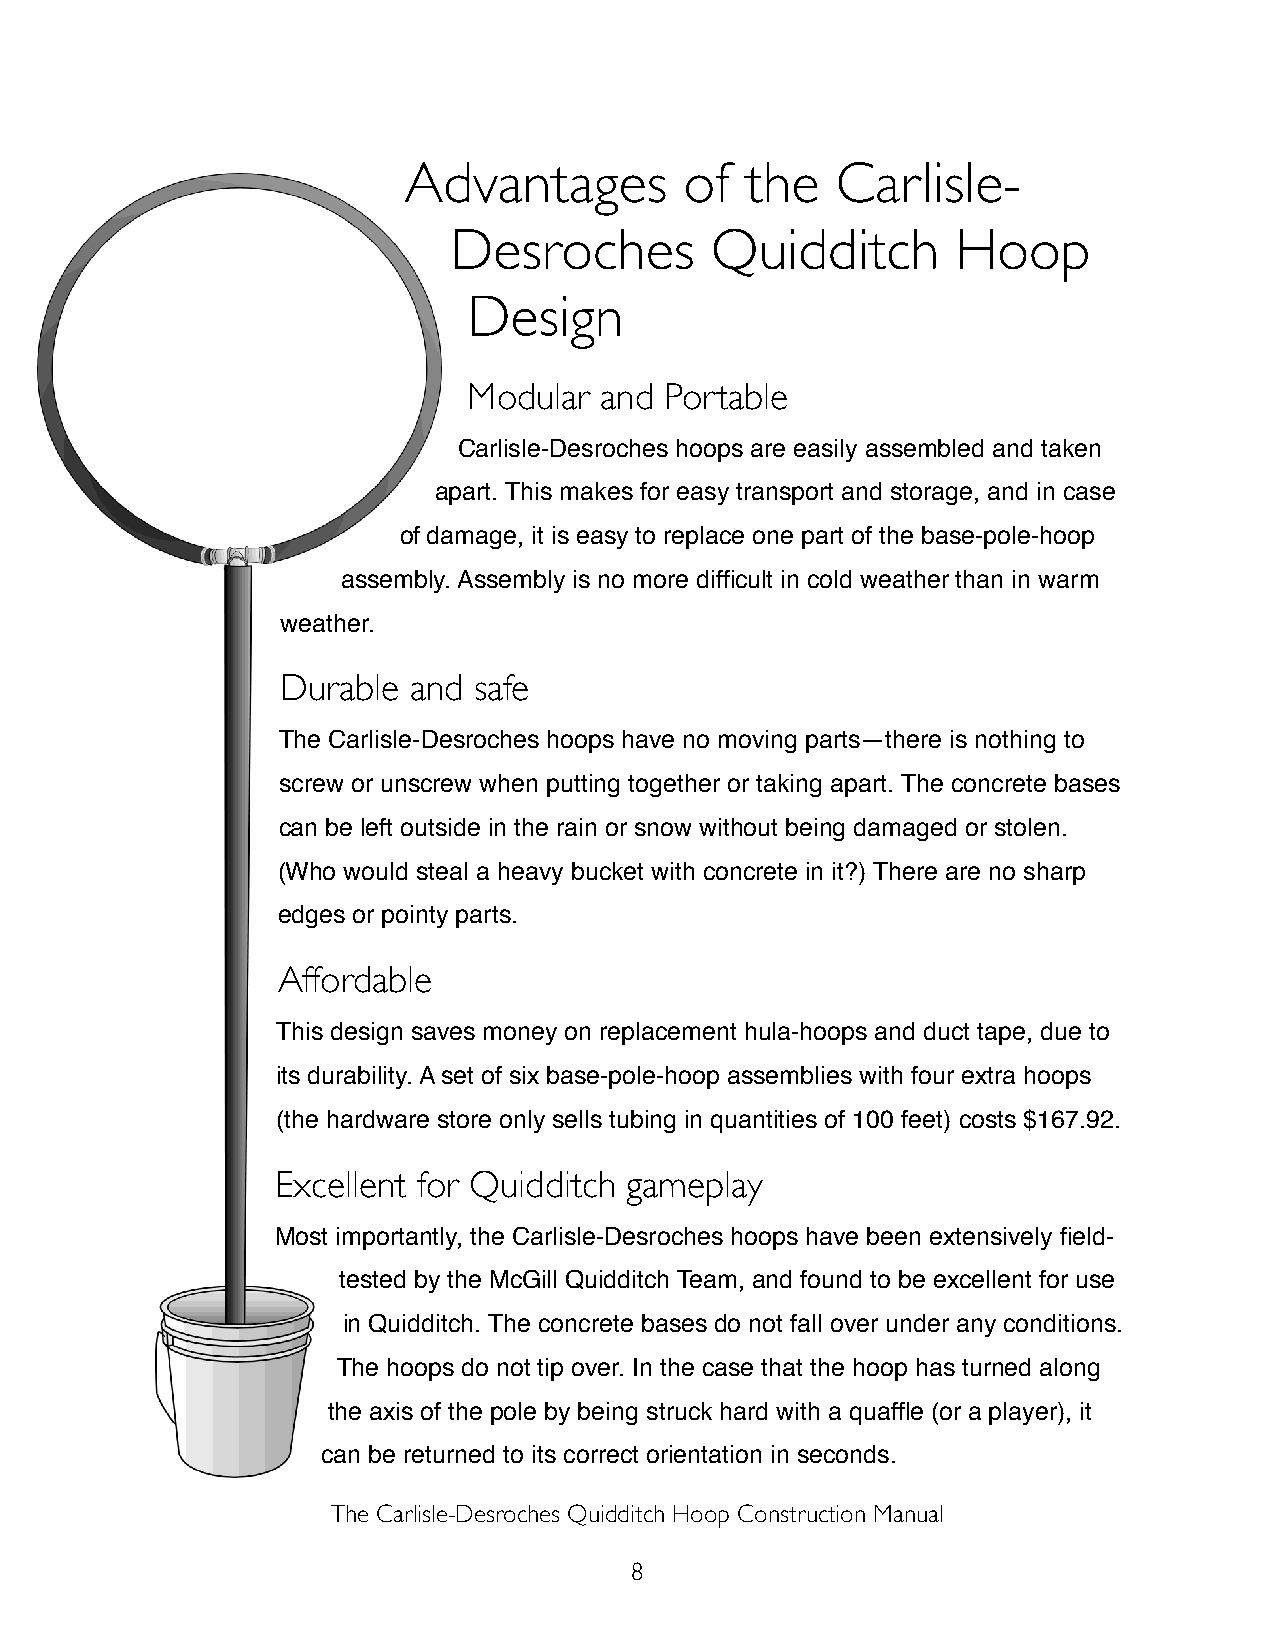
Advantages        of  the   Carlisle-
 Desroches        Quidditch       Hoop
 Design
 Modular  and Portable
 Carlisle-Desroches hoops are easily assembled and taken
 apart. This makes for easy transport and storage, and in case
 of damage, it is easy to replace one part of the base-pole-hoop
 assembly. Assembly is no more difficult in cold weather than in warm
 weather.
 Durable and safe
 The Carlisle-Desroches hoops have no moving parts—there is nothing to
 screw or unscrew when putting together or taking apart. The concrete bases
 can be left outside in the rain or snow without being damaged or stolen.
 (Who would steal a heavy bucket with concrete in it?) There are no sharp
 edges or pointy parts.
 Affordable
 This design saves money on replacement hula-hoops and duct tape, due to
 its durability. A set of six base-pole-hoop assemblies with four extra hoops
 (the hardware store only sells tubing in quantities of 100 feet) costs $167.92.
 Excellent for Quidditch gameplay
 Most importantly, the Carlisle-Desroches hoops have been extensively field-
 tested by the McGill Quidditch Team, and found to be excellent for use
 in Quidditch. The concrete bases do not fall over under any conditions.
 The hoops do not tip over. In the case that the hoop has turned along
 the axis of the pole by being struck hard with a quaffle (or a player), it
 can be returned to its correct orientation in seconds.
 The Carlisle-Desroches Quidditch Hoop Construction Manual
 8